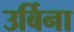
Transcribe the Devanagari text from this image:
उर्बिना